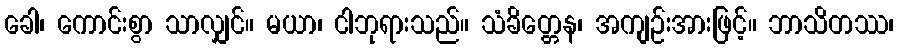
ခေါ၊ ကောင်းစွာ သာလျှင်။ မယာ၊ ငါဘုရားသည်။ သံခိတ္တေန၊ အကျဉ်းအားဖြင့်။ ဘာသိတဿ၊